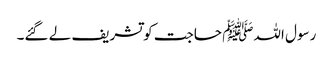
رسول اللہﷺ حاجت کو تشریف لے گئے۔